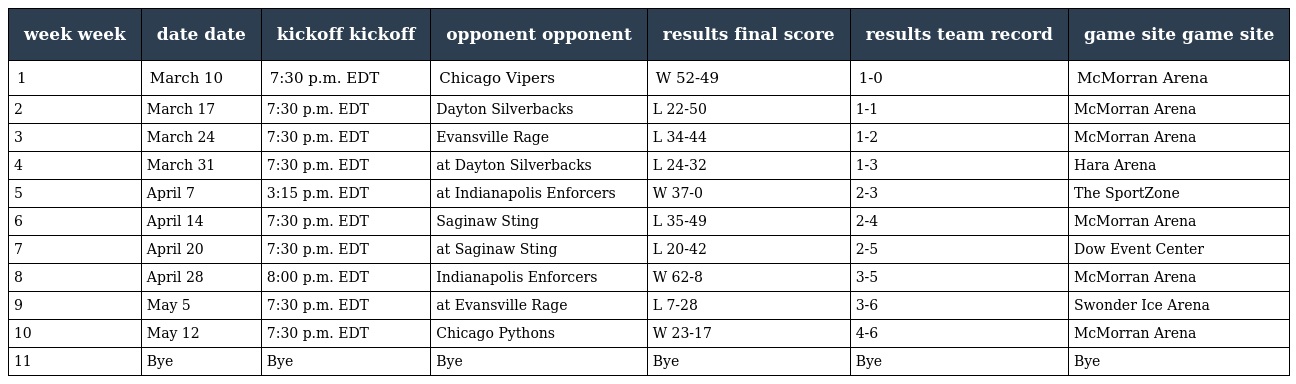
| week week | date date | kickoff kickoff | opponent opponent | results final score | results team record | game site game site |
 | --- | --- | --- | --- | --- | --- | --- |
 | 1 | March 10 | 7:30 p.m. EDT | Chicago Vipers | W 52-49 | 1-0 | McMorran Arena |
 | 2 | March 17 | 7:30 p.m. EDT | Dayton Silverbacks | L 22-50 | 1-1 | McMorran Arena |
 | 3 | March 24 | 7:30 p.m. EDT | Evansville Rage | L 34-44 | 1-2 | McMorran Arena |
 | 4 | March 31 | 7:30 p.m. EDT | at Dayton Silverbacks | L 24-32 | 1-3 | Hara Arena |
 | 5 | April 7 | 3:15 p.m. EDT | at Indianapolis Enforcers | W 37-0 | 2-3 | The SportZone |
 | 6 | April 14 | 7:30 p.m. EDT | Saginaw Sting | L 35-49 | 2-4 | McMorran Arena |
 | 7 | April 20 | 7:30 p.m. EDT | at Saginaw Sting | L 20-42 | 2-5 | Dow Event Center |
 | 8 | April 28 | 8:00 p.m. EDT | Indianapolis Enforcers | W 62-8 | 3-5 | McMorran Arena |
 | 9 | May 5 | 7:30 p.m. EDT | at Evansville Rage | L 7-28 | 3-6 | Swonder Ice Arena |
 | 10 | May 12 | 7:30 p.m. EDT | Chicago Pythons | W 23-17 | 4-6 | McMorran Arena |
 | 11 | Bye | Bye | Bye | Bye | Bye | Bye |